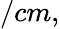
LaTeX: /cm,